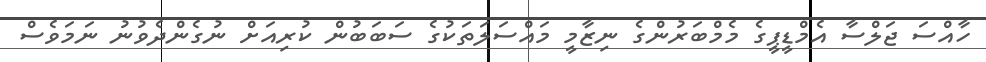
ހާއްސަ ޖަލްސާ އެމްޑީޕީގެ މެމްބަރުންގެ ނިޒާމީ މައްސަލަތަކުގެ ސަބަބުން ކުރިއަށް ނުގެންދެވުނު ނަމަވެސް